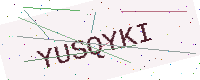
Text: YUSQYKI